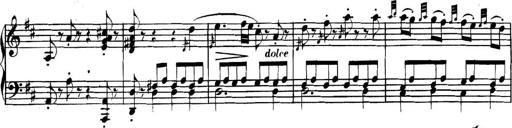
Title: Collected Piano Sonatas
Composer: Muzio Clementi